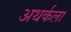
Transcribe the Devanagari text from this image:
अथर्कला